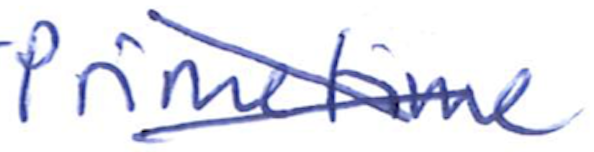
Text: Primetime
Cross-out: cross
Writing tool: ballpoint